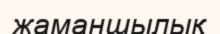
жаманшылық